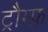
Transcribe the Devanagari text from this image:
ट्रौम्फ़